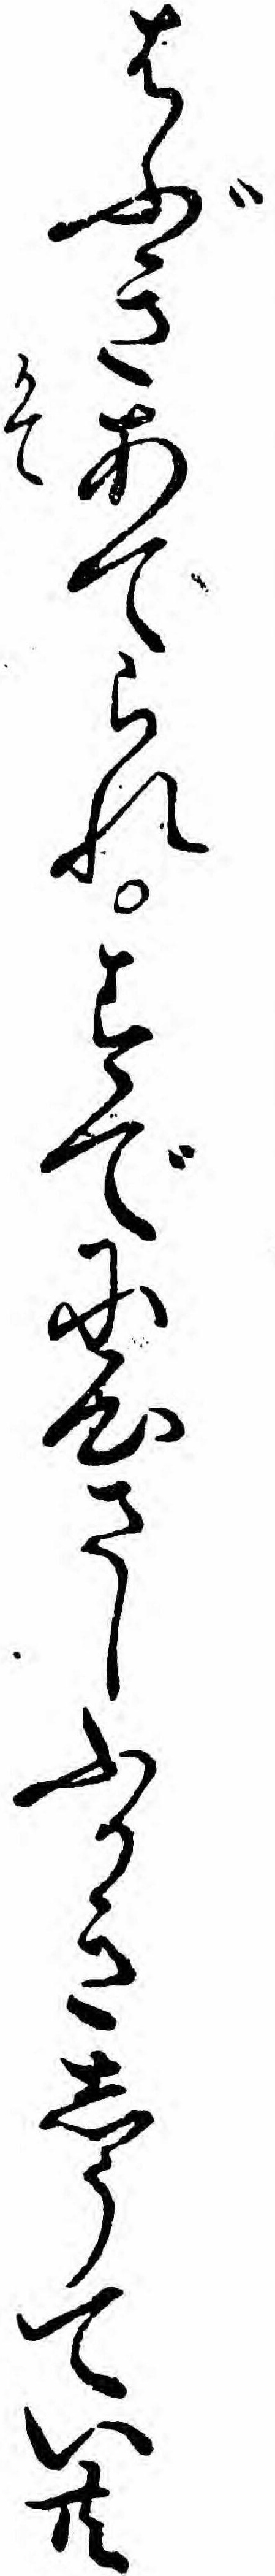
はぶきあてられすでに心さしふかきしうてい共